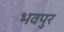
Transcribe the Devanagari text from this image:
भवपुर